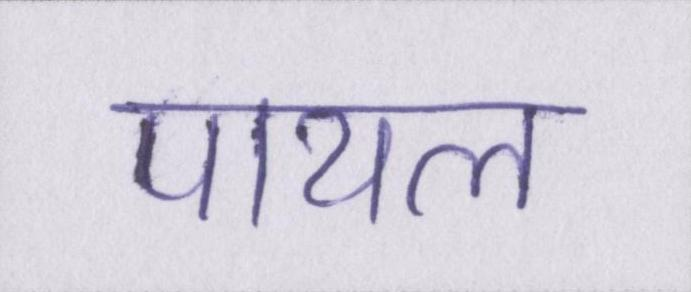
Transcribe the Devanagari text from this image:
पायल